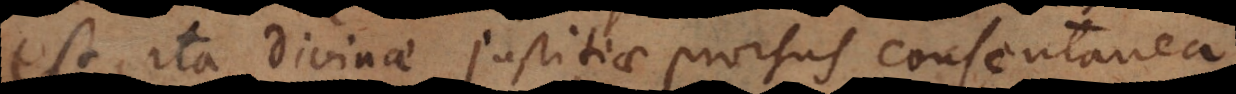
est, ita Divinae justitiae prorsus consentanea